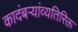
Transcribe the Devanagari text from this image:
कादंबऱ्यांव्यतिरिक्त